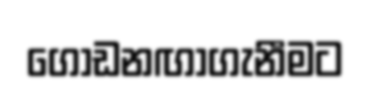
ගොඩනඟාගැනීමට